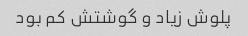
پلوش زیاد و گوشتش کم بود